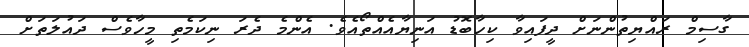
ގާސިމް ރައްޔިތުންނަށް ދީފައިވާ ކިހާބޮޑު އަނިޔާއެއްތޯއެވެ. އެންމެ ދެރަ ނިކަމެތި މީހާވެސް ދައުލަތަށް